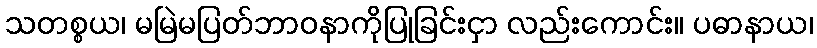
သတစ္စယ၊ မမြဲမပြတ်ဘာဝနာကိုပြုခြင်းငှာ လည်းကောင်း။ ပဓာနာယ၊